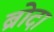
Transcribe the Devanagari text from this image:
ब्रोदा